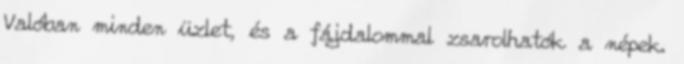
Valóban minden üzlet, és a fájdalommal zsarolhatók a népek.